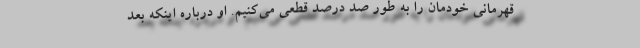
قهرمانی خودمان را به طور صد درصد قطعی می‌کنیم. او درباره اینکه بعد